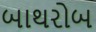
બાથરોબ